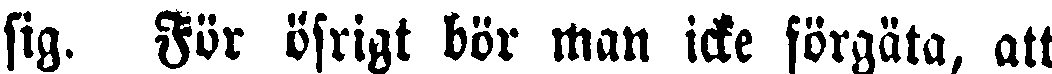
sig. För öfrigt bör man icke förgäta, att